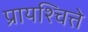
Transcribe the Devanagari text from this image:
प्रायश्चित्ते